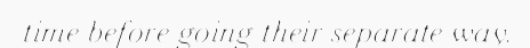
time before going their separate way.